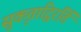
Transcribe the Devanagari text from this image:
सुकृताद्विरतिं